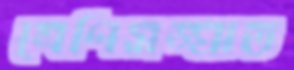
শ্রেণিসঙ্ঘাত